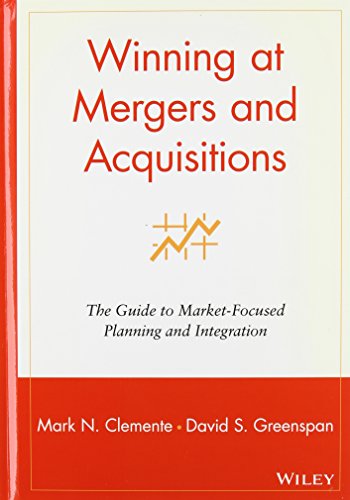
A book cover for Winning at Mergers and Acquisitions: The Guide to Market-Focused Planning and Integration; Mark N. Clemente; Business & Money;